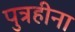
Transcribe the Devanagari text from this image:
पुत्रहीना